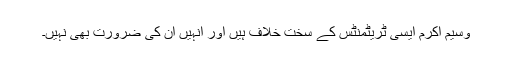
وسیم اکرم ایسی ٹریٹمنٹس کے سخت خلاف ہیں اور انہیں ان کی ضرورت بھی نہیں۔